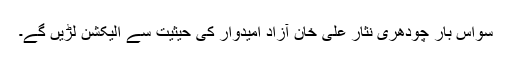
سواس بار چودھری نثار علی خان آزاد امیدوار کی حیثیت سے الیکشن لڑیں گے۔